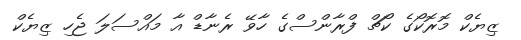
ޒިޔެކް މޮރޮކޯގެ ކޯޗް ފްރާންސްގެ ހާވޭ ރެނާޑް އާ މައްސަލަ ޖެހި ޒިޔެކް